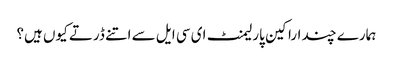
ہمارے چند اراکین پارلیمنٹ ای سی ایل سے اتنے ڈرتے کیوں ہیں؟